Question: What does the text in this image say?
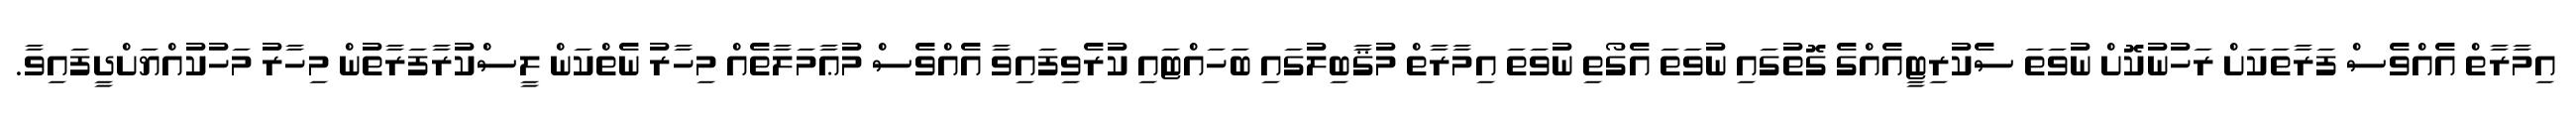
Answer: އިމާރާތް އެއްވެސް ފަރާތަކަށް ރަހުނުކޮށް ނުވަތަ ސެކުރިޓީއެއްގެ ގޮތުގައި ނުވަތަ އެގޯތި ނުވަތަ އިމާރާތް މުޤާބިލުގައި ބަހައްޓައި ކުރެވިފައިވާ އެއްވެސް މުޢާމަލާތެއް މިހާރު ނެތްކަން ލީސްކުރާފަރާތުން މިހާރު މަހުކުއްޔަށްދީފައިވާ.